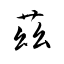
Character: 茲